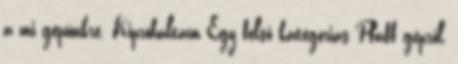
a mi gépünkre. Kipróbáltam Egy felső kategóriás Pfaff gépről,